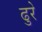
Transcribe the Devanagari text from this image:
ढुरे